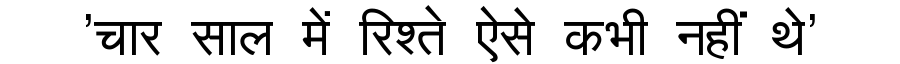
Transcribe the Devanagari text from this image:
'चार साल में रिश्ते ऐसे कभी नहीं थे'